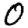
Digit: 0